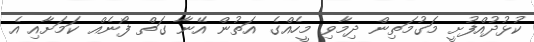
ކުޅުދުއްފުށީ މަގުމަތިން ދިމާވި މީހެއްގެ އަތުން އޭނާ ގަތް ފޯނެއް ކަމަށާއި އެ